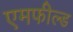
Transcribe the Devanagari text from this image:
एमफील्ड